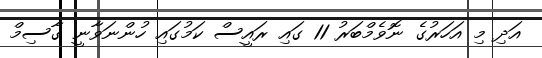
އަދި މި އަހަރުގެ ނޮވެމްބަރު 11 ގައި ރައީސް ކަމުގައި ހުންނަވާނީ ގާސިމް